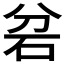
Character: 𮀎